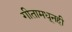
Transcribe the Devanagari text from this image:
गीतामधूनही